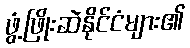
ဖွံ့ဖြိုးဆဲနိုင်ငံများ၏